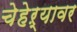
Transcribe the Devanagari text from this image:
चेहेऱ्यावर